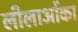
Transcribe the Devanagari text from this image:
लीलाओंका